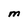
Character: M